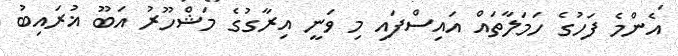
އެންމެ ފަހުގެ ހަމަލާތައް އައިސްފައި މި ވަނީ އިރާގުގެ މަޝްހޫރު އަބޫ ޣުރައިބު